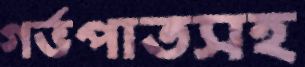
গর্ভপাতসহ